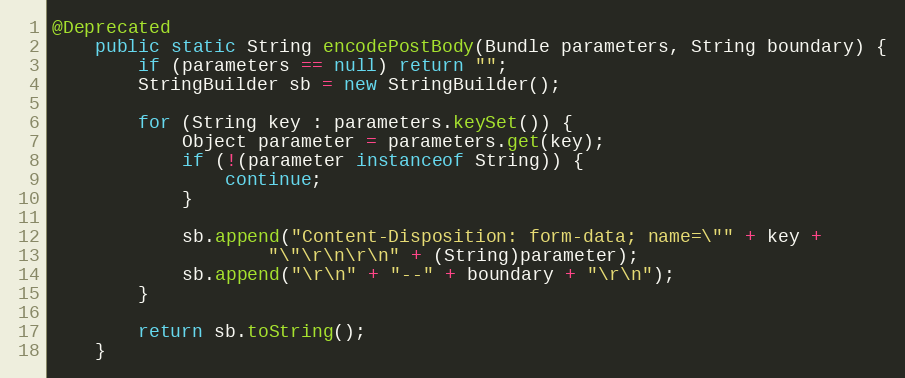
Language: Java
@Deprecated
    public static String encodePostBody(Bundle parameters, String boundary) {
        if (parameters == null) return "";
        StringBuilder sb = new StringBuilder();

        for (String key : parameters.keySet()) {
            Object parameter = parameters.get(key);
            if (!(parameter instanceof String)) {
                continue;
            }

            sb.append("Content-Disposition: form-data; name=\"" + key +
                    "\"\r\n\r\n" + (String)parameter);
            sb.append("\r\n" + "--" + boundary + "\r\n");
        }

        return sb.toString();
    }